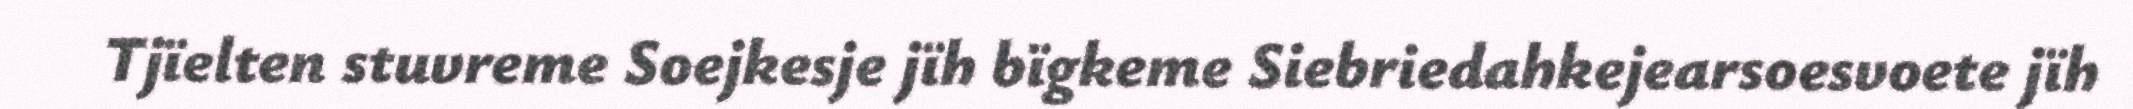
Tjïelten stuvreme Soejkesje jïh bïgkeme Siebriedahkejearsoesvoete jïh